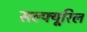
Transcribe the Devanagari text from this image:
सल्फ्यूरिल